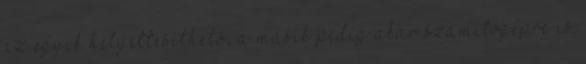
az egyik helyettesíthető, a másik pedig akár számítógépre is